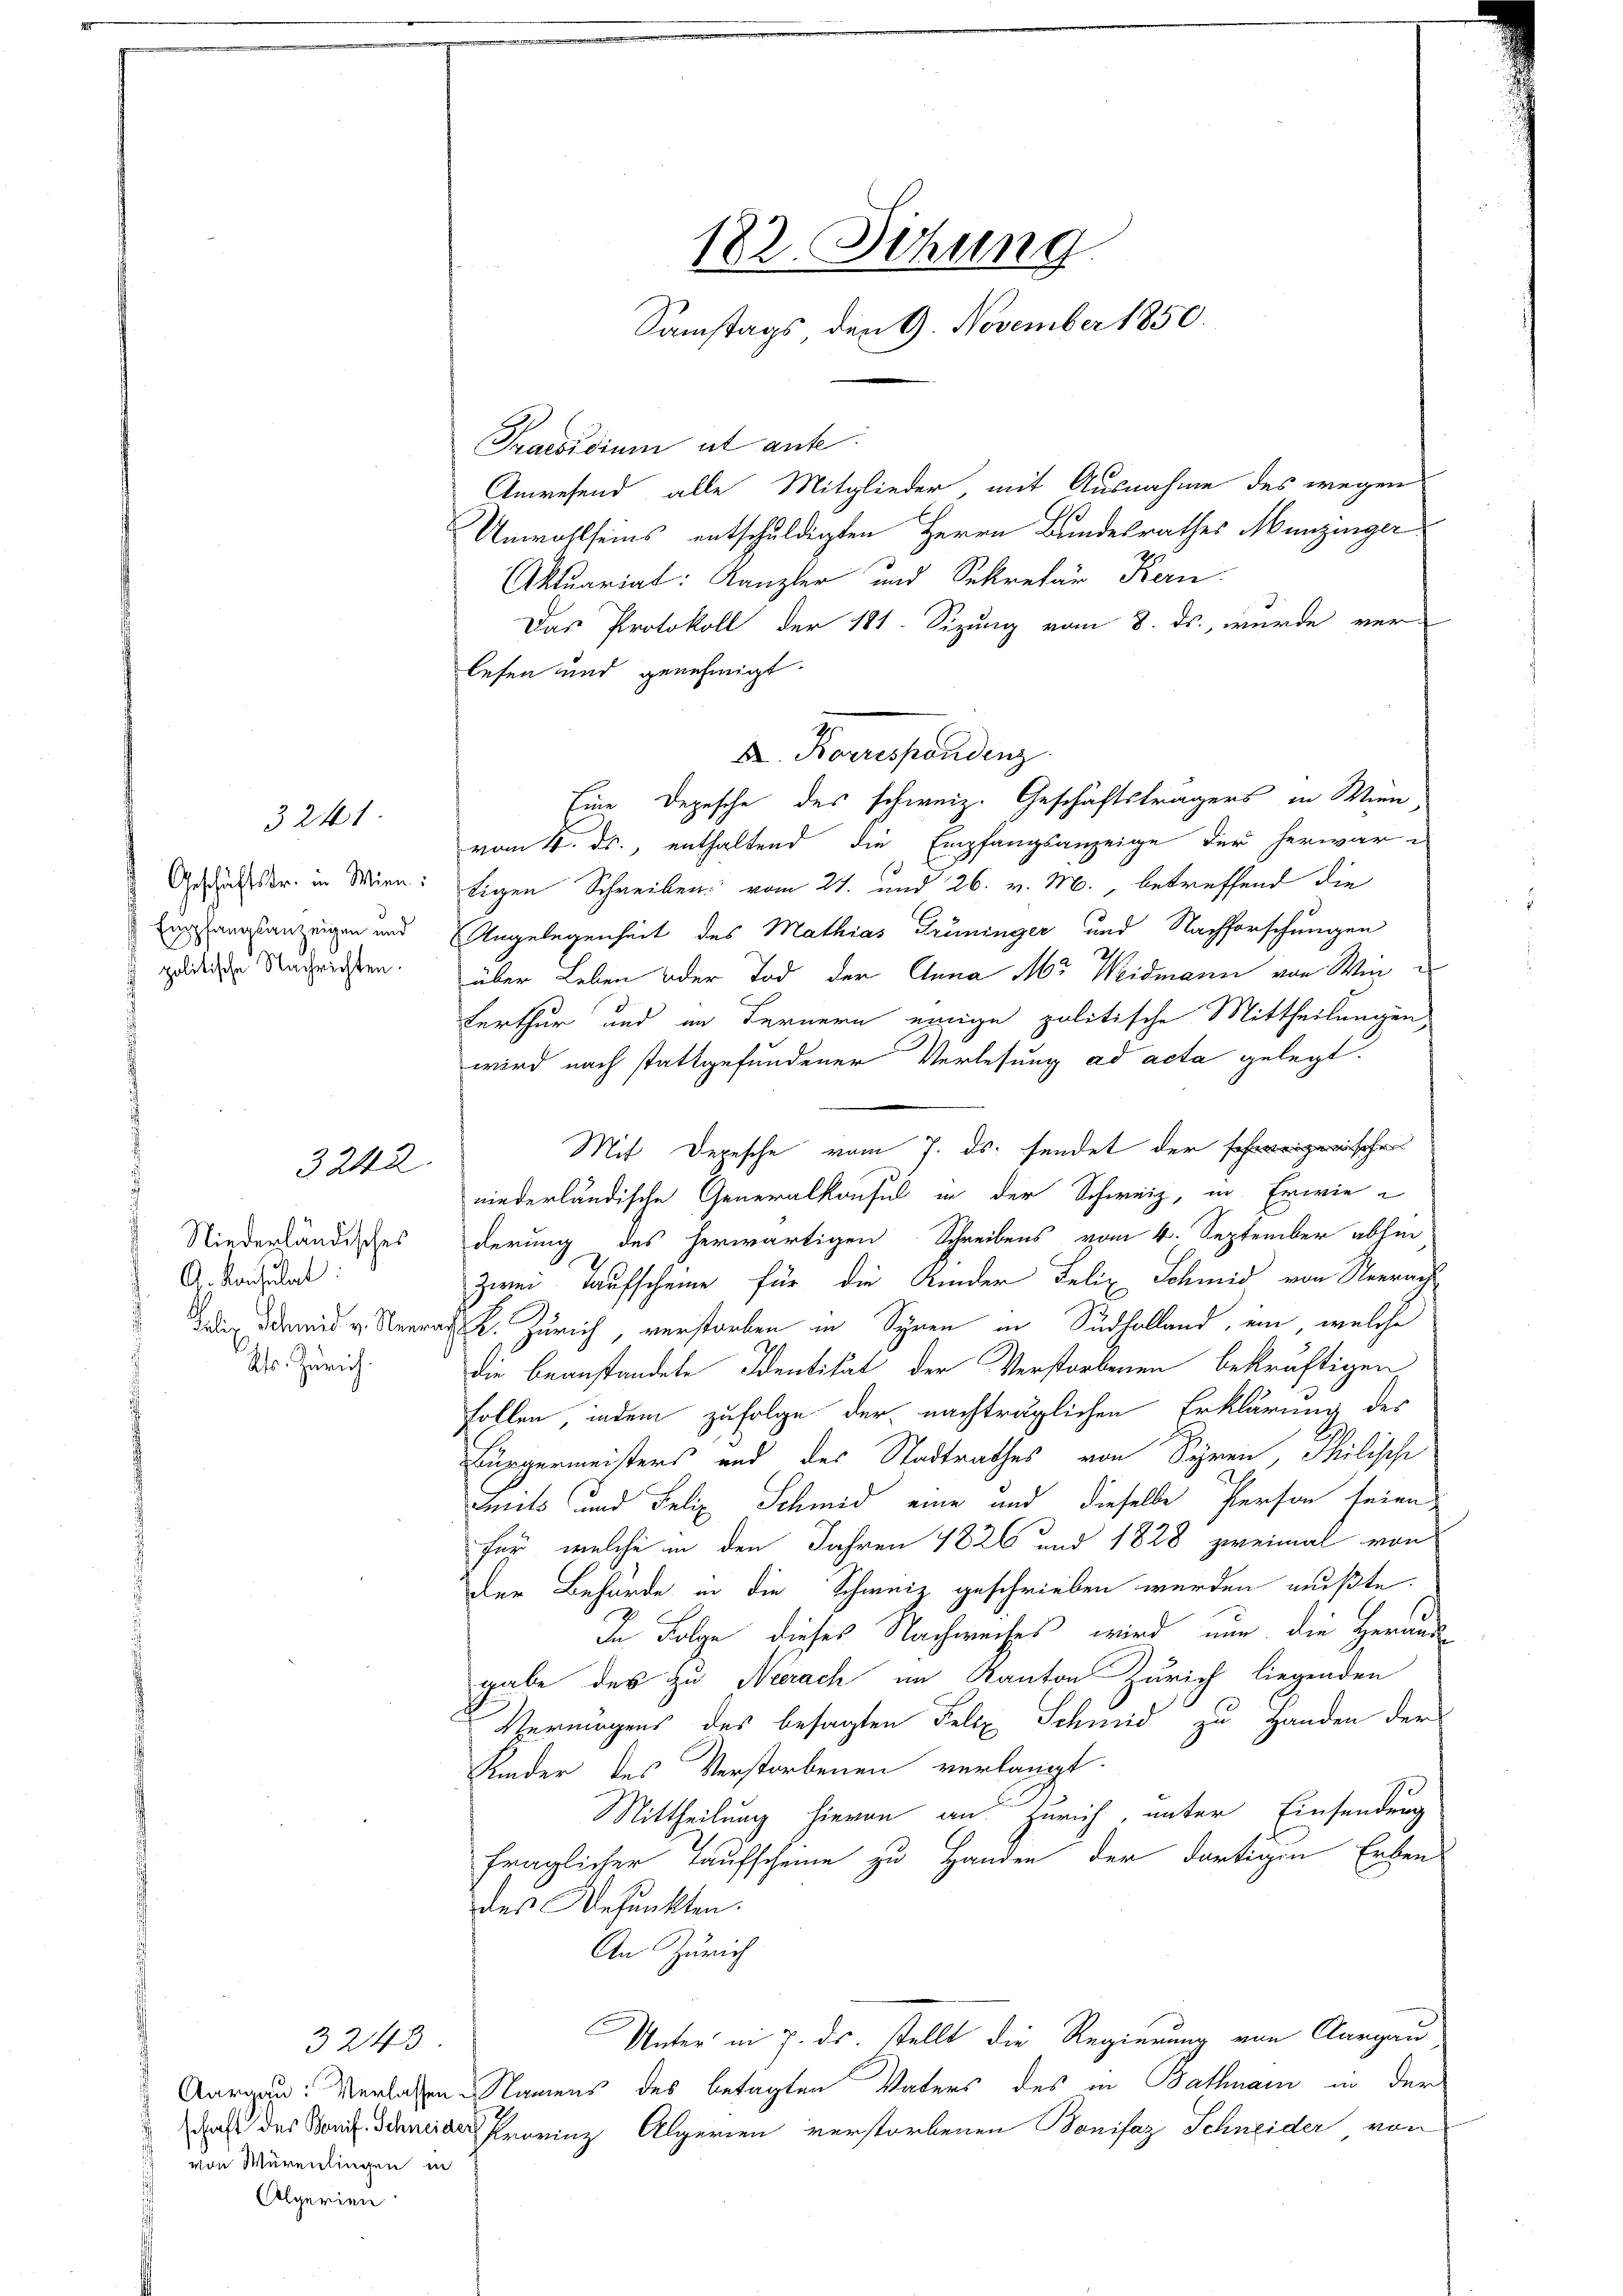
Empfangsanzeigen und
 politische Nachrichten.

3241

3242.

d
Niederländisches
G. Konsulat
Hr. Zürich.

Praesidium ut ante
Anwesend alle Mitglieder, mit Ausnahme des wegen
Unwohlseins entschuldigten Herrn Bundesrathes Munzinger
Aktuariat: Kanzler und Sekretär Kern
Das Protokoll der 181. Sizung vom 8. ds., wurde verlesen und genehmigt.
A. Korrespondenz
Eine Depesche des schweiz. Geschäftsträgers in Wien
vom 4. ds., enthaltend die Empfangsanzeige der herwar¬
Gesächstr. in Wien: Eigen Schreiben vom 21. und 26. v. M., betreffend die
Angelegenheit des Mathias Triminger und Nachforschungen
über Leben oder Tod der Anna Mr Weidmann von Wien e
Kerthur und im Fernern einige politische Mittheilungen
wird nach stattgefundener Verlesung ad acta gelegt.
Mit Depesche vom 7. ds. sendet der gerischen
niederländische Generalkonsul in der Schweiz, in Erwiederung des herwärtigen Schreibens vom 4. September abhin
zwei Taufscheine für die Kinder Felix Schmid von Neerach
dnn damit verank. Zürich, verstorben in Synen in Sudholland, ein, welche
die beanstandete Identität der Verstorbenen bekräftigen
follen, indem zufolge der nachträglichen Erklärung des
Bürgermeisters und des Stadtrathes von Seren Philische
its und Felix Schmid eine und dieselbe Person seien
für, welche in den Jahren 1826 und 1828 zweimal von
der Behörde in die Schweiz geschrieben werden mußte.
In Folge dieses Nachweises wird nun die Heraus-
gabe des zu Neerach im Kanton Zürich liegenden
Vermögens des besagten Felix Schmid zu Handen der
Lander des Verstorbenen verlangt.
Mittheilung hievon an Zürich, unter Einsendung
fraglicher Kaufscheine zu Handen der dortigen Erben
des Befunkten.
An Zürich
Unter in 7. ds. stellt die Regierung von Aargau
Aargau: Verlassen. Namens des betagten Vaters des in Bathnam in der
daß der Stonis Senior gereinz Algerien verstorbenen Bonifaz Schneider von

3243
von Würenlingen in
Algerien

182. Sitzung.
Samstags den 9. November 1850.